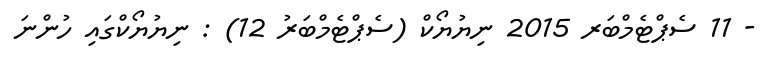
- 11 ސެޕްޓެމްބަރ 2015 ނިޔުޔޯކް (ސެޕްޓެމްބަރު 12) : ނިޔުޔޯކްގައި ހުންނަ